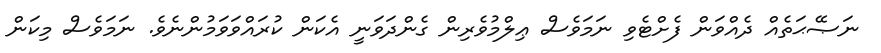
ނަޞޭޙަތެއް ދެއްވަން ފެށްޓެވި ނަމަވެސް ޢިލްމުވެރިން ގެންދަވަނީ އެކަން ކުރައްވަވަމުންނެވެ. ނަމަވެސް މިކަން